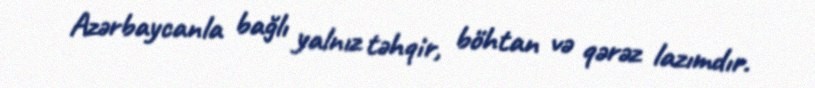
Azərbaycanla bağlı yalnız təhqir, böhtan və qərəz lazımdır.